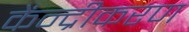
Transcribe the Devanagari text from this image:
केंन्द्रीकरण